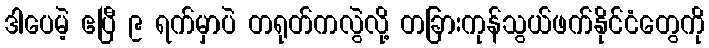
ဒါပေမဲ့ ဧပြီ ၉ ရက်မှာပဲ တရုတ်ကလွဲလို့ တခြားကုန်သွယ်ဖက်နိုင်ငံတွေကို